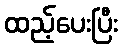
ထည့်ပေးပြီး